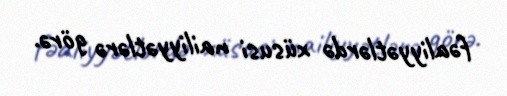
fəaliyyətlərdə xüsusi nailiyyətlərə görə.